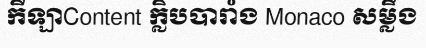
កីឡាContent ក្លិបបារាំង Monaco សម្លឹង